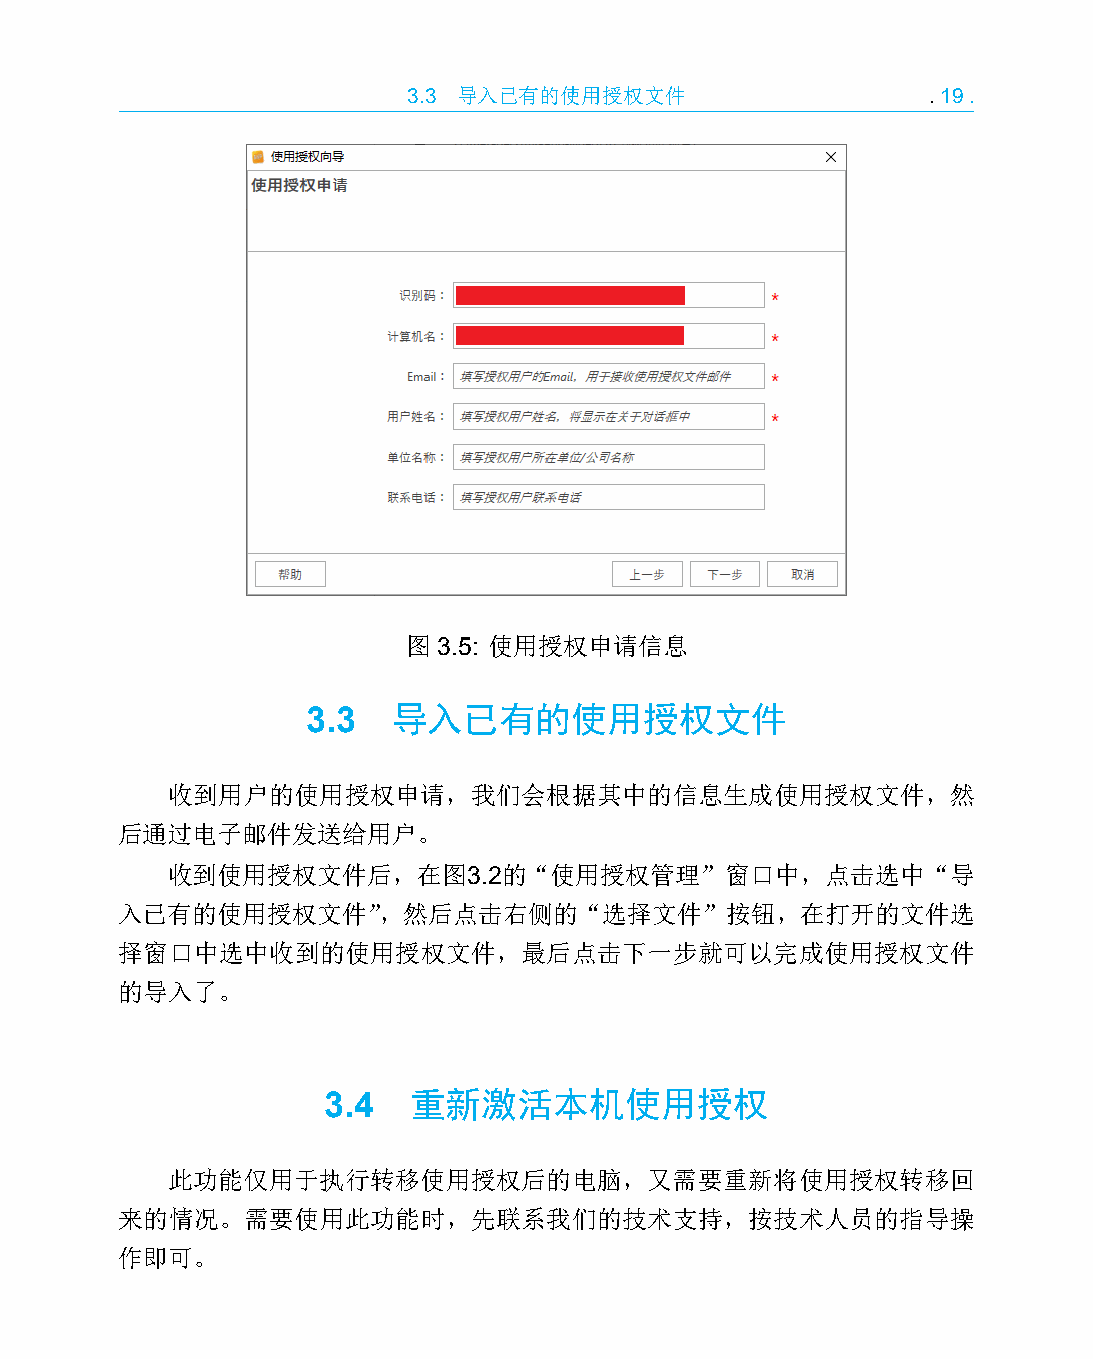
3.3 导入已有的使用授权文件                   .19.
 图 3.5: 使用授权申请信息
 3.3   导入已有的使用授权文件
 收到用户的使用授权申请，我们会根据其中的信息生成使用授权文件，然
 后通过电子邮件发送给用户。
 收到使用授权文件后，在图3.2的“使用授权管理”窗口中，点击选中“导
 入已有的使用授权文件”，然后点击右侧的“选择文件”按钮，在打开的文件选
 择窗口中选中收到的使用授权文件，最后点击下一步就可以完成使用授权文件
 的导入了。
 3.4   重新激活本机使用授权
 此功能仅用于执行转移使用授权后的电脑，又需要重新将使用授权转移回
 来的情况。需要使用此功能时，先联系我们的技术支持，按技术人员的指导操
 作即可。